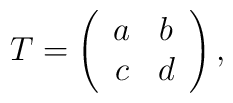
T=\left(\begin{array}{cc} a & b \\ c & d\end{array}\right),